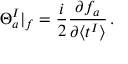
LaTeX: \Theta _ { a } ^ { I } | _ { f } = \frac { i } { 2 } \frac { \partial f _ { a } } { \partial \langle t ^ { I } \rangle } \, .